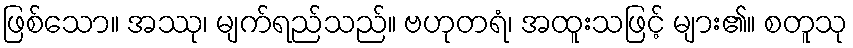
ဖြစ်သော။ အဿု၊ မျက်ရည်သည်။ ဗဟုတရံ၊ အထူးသဖြင့် များ၏။ စတူသု